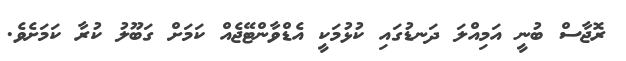
ރޮޖާސް ބުނީ އަމިއްލަ ދަނޑުގައި ކުޅުމަކީ އެޑްވާންޓޭޖެއް ކަމަށް ގަބޫލު ކުރާ ކަމަށެވެ.